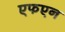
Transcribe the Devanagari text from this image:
एफएन